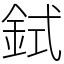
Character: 鉽